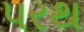
પરથ